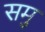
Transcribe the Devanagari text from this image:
समु